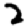
Digit: 2